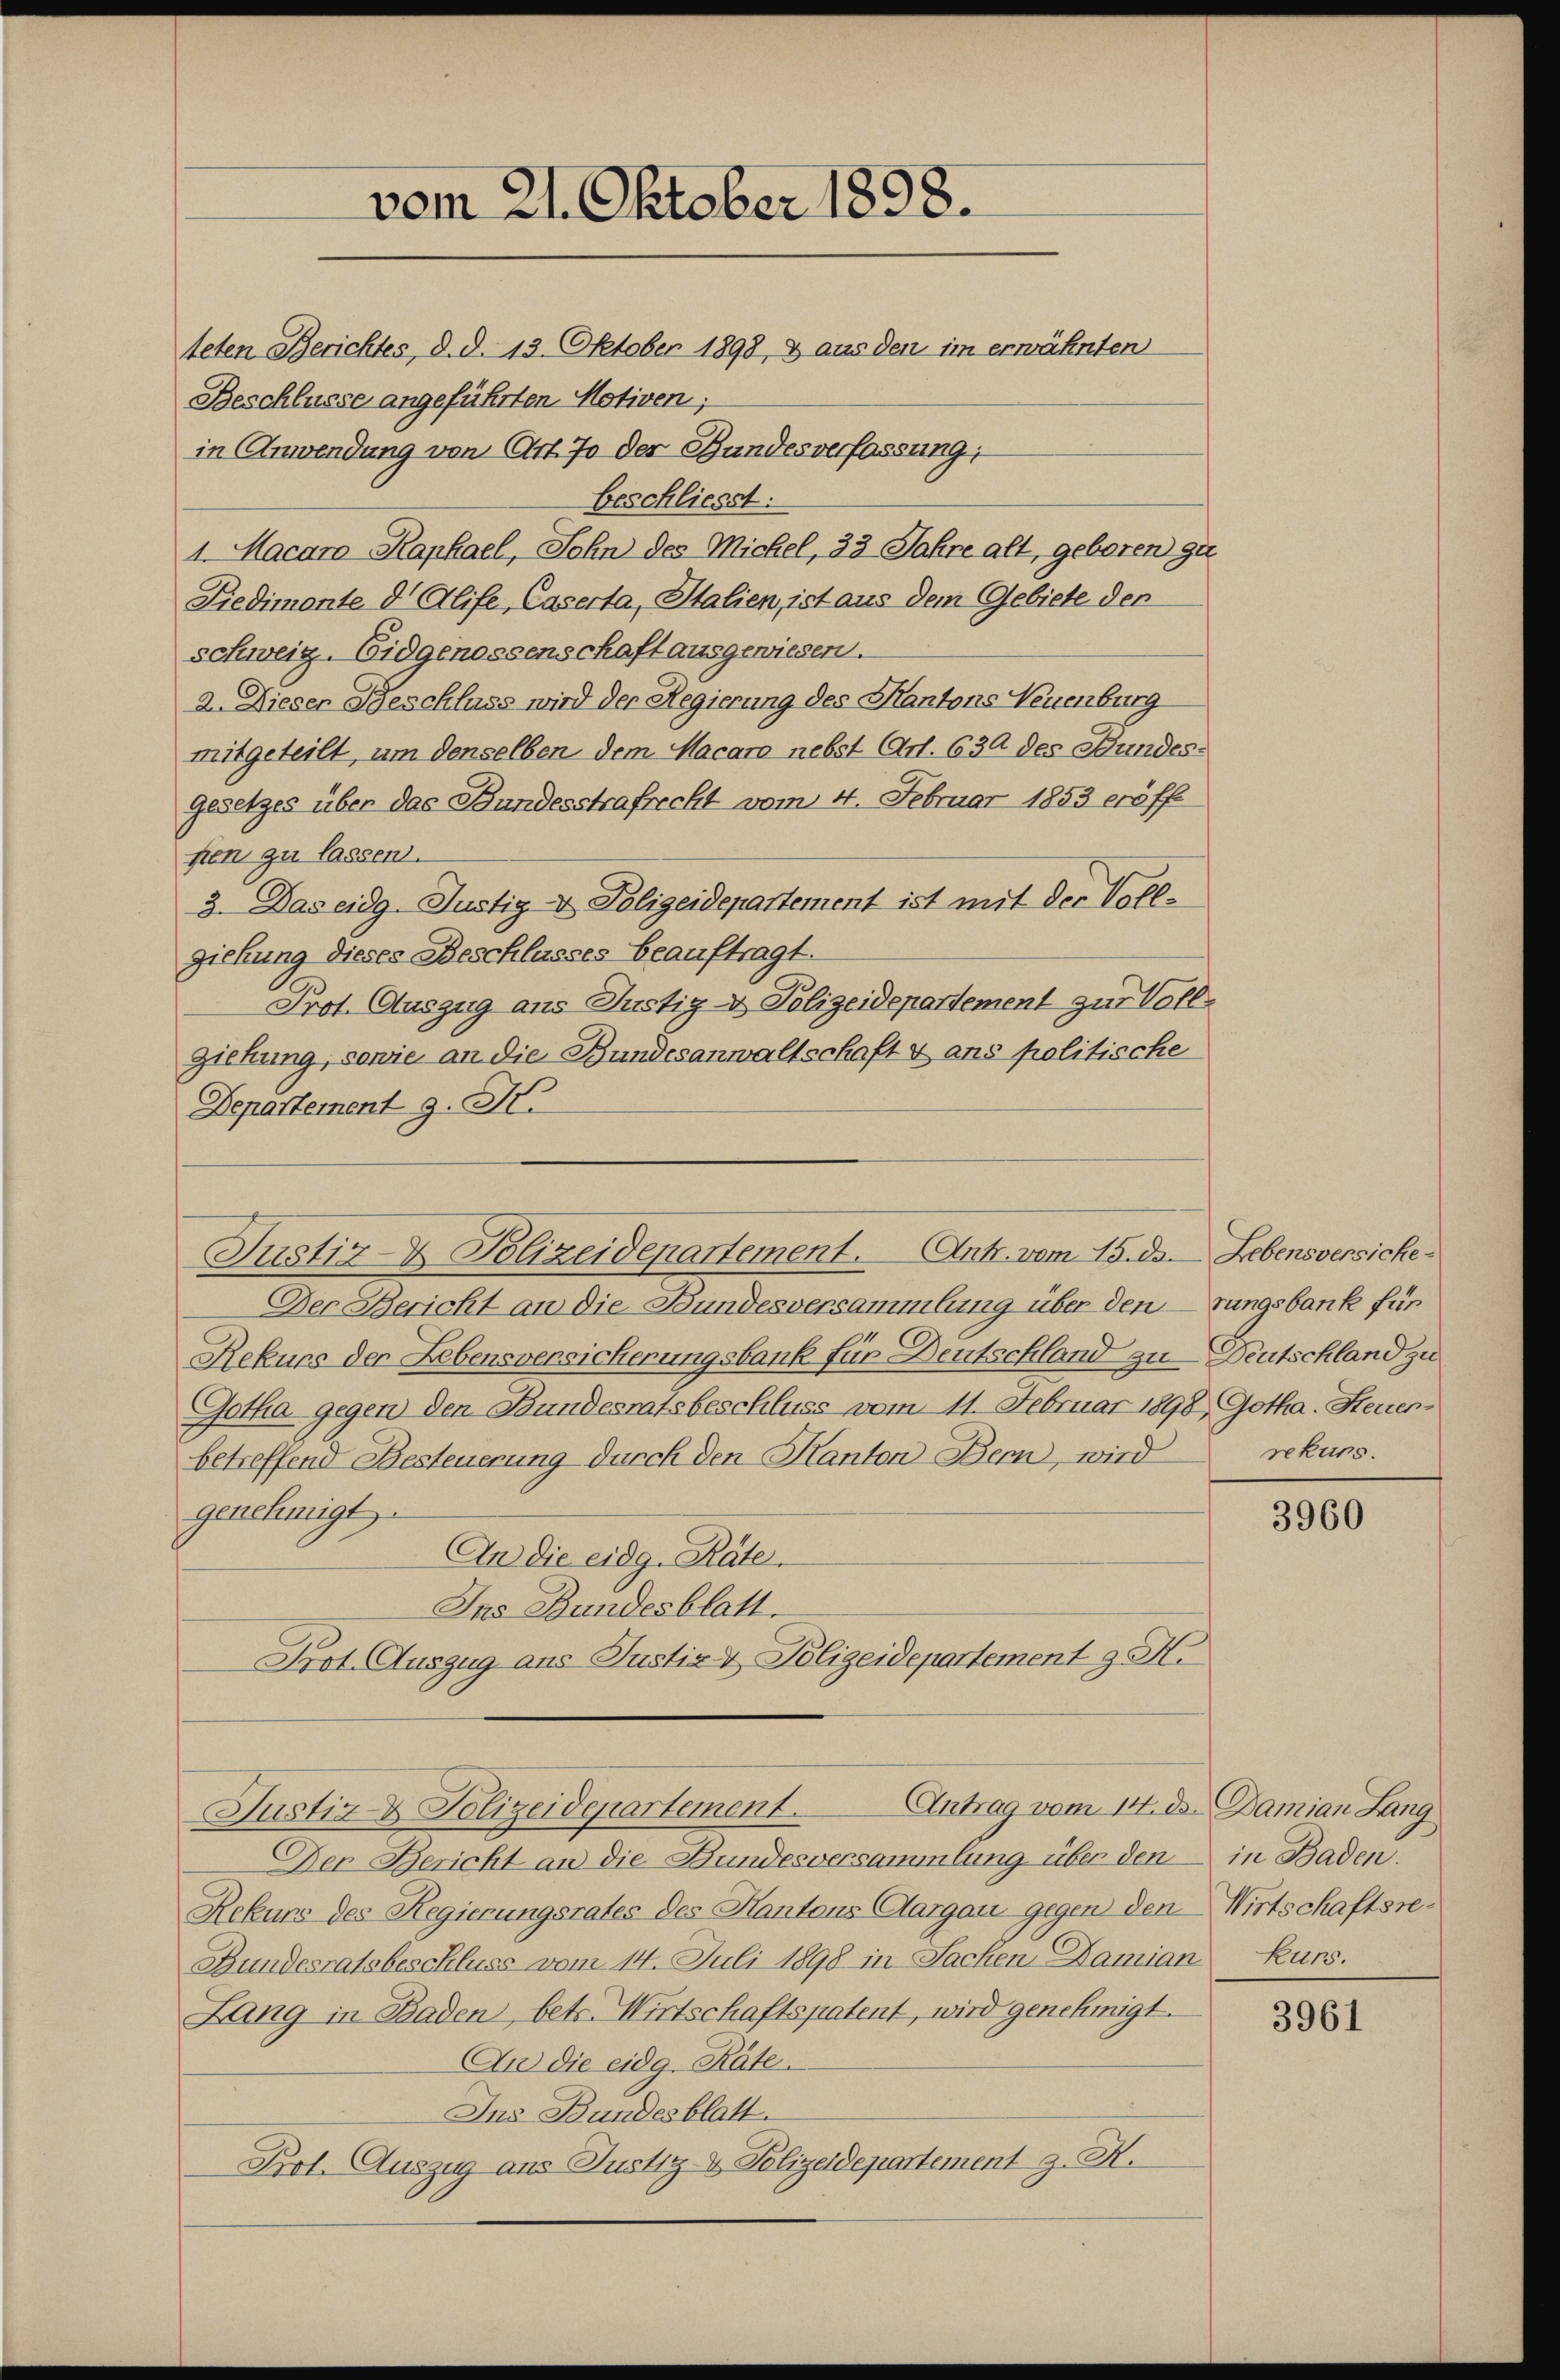
in Anwendung von Art. 70 der Bundesverfassung,
beschliesst:
1. Macaro Kaphael, Sohn des Michel, 23 Jahre alt, geboren gu
Predimonte d. Alife, Caserta, Italien, ist aus dem Gebiete der
schweiz. Eidgenossenschaft ausgewiesen.
2. Dieser Beschluss wird der Regierung des Kantons Neuenburg
mitgeteilt, um denselben dem Macaro nebst Art. 630 des Bundesgesetzes über das Bundesstrafrecht vom 4. Februar 1853 eröff
sien zu lassen.
3. Das eidg.Justiz- & Polizeidepartement ist mit der Vollziehung dieses Beschlusses beauftragt.
Prot. Auszug aus Justiz- & Polizeidepartement zur Voll¬
Ziehung, sowie an die Bandesanwaltschaft & ans politische
Departement g. St.
Der Bericht an die Bundesversammlung über den rungsbank für
Rekurs der Lebensversicherungsbank für Deutschland zu Deutschland zu
Gotha gegen den Bundesratsbeschluss vom 11. Februar 1898, Gotha. Steuerbetreffene Besteuerung durch den Kanton Bern, wird
genehmigt.
An die eidg. Räte.
Ins Bundesblatt.
Prot. Auszug aus Justiz & Polizeidepartement J. M.
Justiz & Polizeidepartement. Antrag vom 14. ds. Damian Lang
Der Bericht an die Bundesversammlung über den
Rekurs des Regierungsrates des Kantons Aargau gegen den Wirtschaftsre¬
Bundesratsbeschluss vom 14. Juli 1898 in Sachen Damian Kurs.
Lang in Baden, betr. Wirtschaftspatent, wird genehmigt.
An die eidg. Räte.
Ins Bundesblatt.
Prot. Auszug aus Justiz- & Polizeidepartement J. H.

vom 21. Oktober 1898.
teten Berichtes, d. d. 13. Oktober 1898, & aus den im erwähnten
Beschlüsse angeführten Motiven;

Justiz & Polizeidepartement. Ant. vom 25. ds. Lebensversiche¬

rekurs.

3960

in Baden.

3961